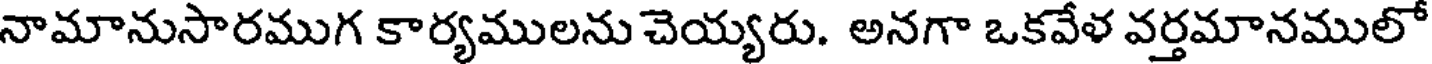
నామానుసారముగ కార్యములను చెయ్యరు. అనగా ఒకవేళ వర్తమానములో